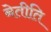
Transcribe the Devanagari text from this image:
नेतीति